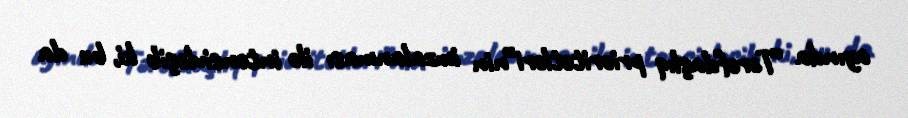
ayında “Tərəfdaşlıq prioritetləri”nin imzalanması ilə intensivləşib ki, bu da